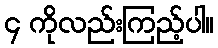
၄ ကိုလည်းကြည့်ပါ။